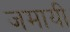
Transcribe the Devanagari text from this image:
जमायी